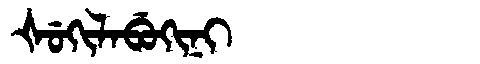
Manchu: ᡧᡠᡴᡳᠯᠠᠪᡠᡴᡳᠨᡳ
Romanization: ŠUKILABUKINI